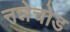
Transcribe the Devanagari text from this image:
नन्नेचोड